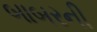
બાબરની